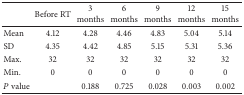
|  | Before RT | 3months | 6months | 9months | 12months | 15months |
 | --- | --- | --- | --- | --- | --- | --- |
 | Mean | 4.12 | 4.28 | 4.46 | 4.83 | 5.04 | 5.14 |
 | SD | 4.35 | 4.42 | 4.85 | 5.15 | 5.31 | 5.36 |
 | Max. | 32 | 32 | 32 | 32 | 32 | 32 |
 | Min. | 0 | 0 | 0 | 0 | 0 | 0 |
 | P value |  | 0.188 | 0.725 | 0.028 | 0.003 | 0.002 |